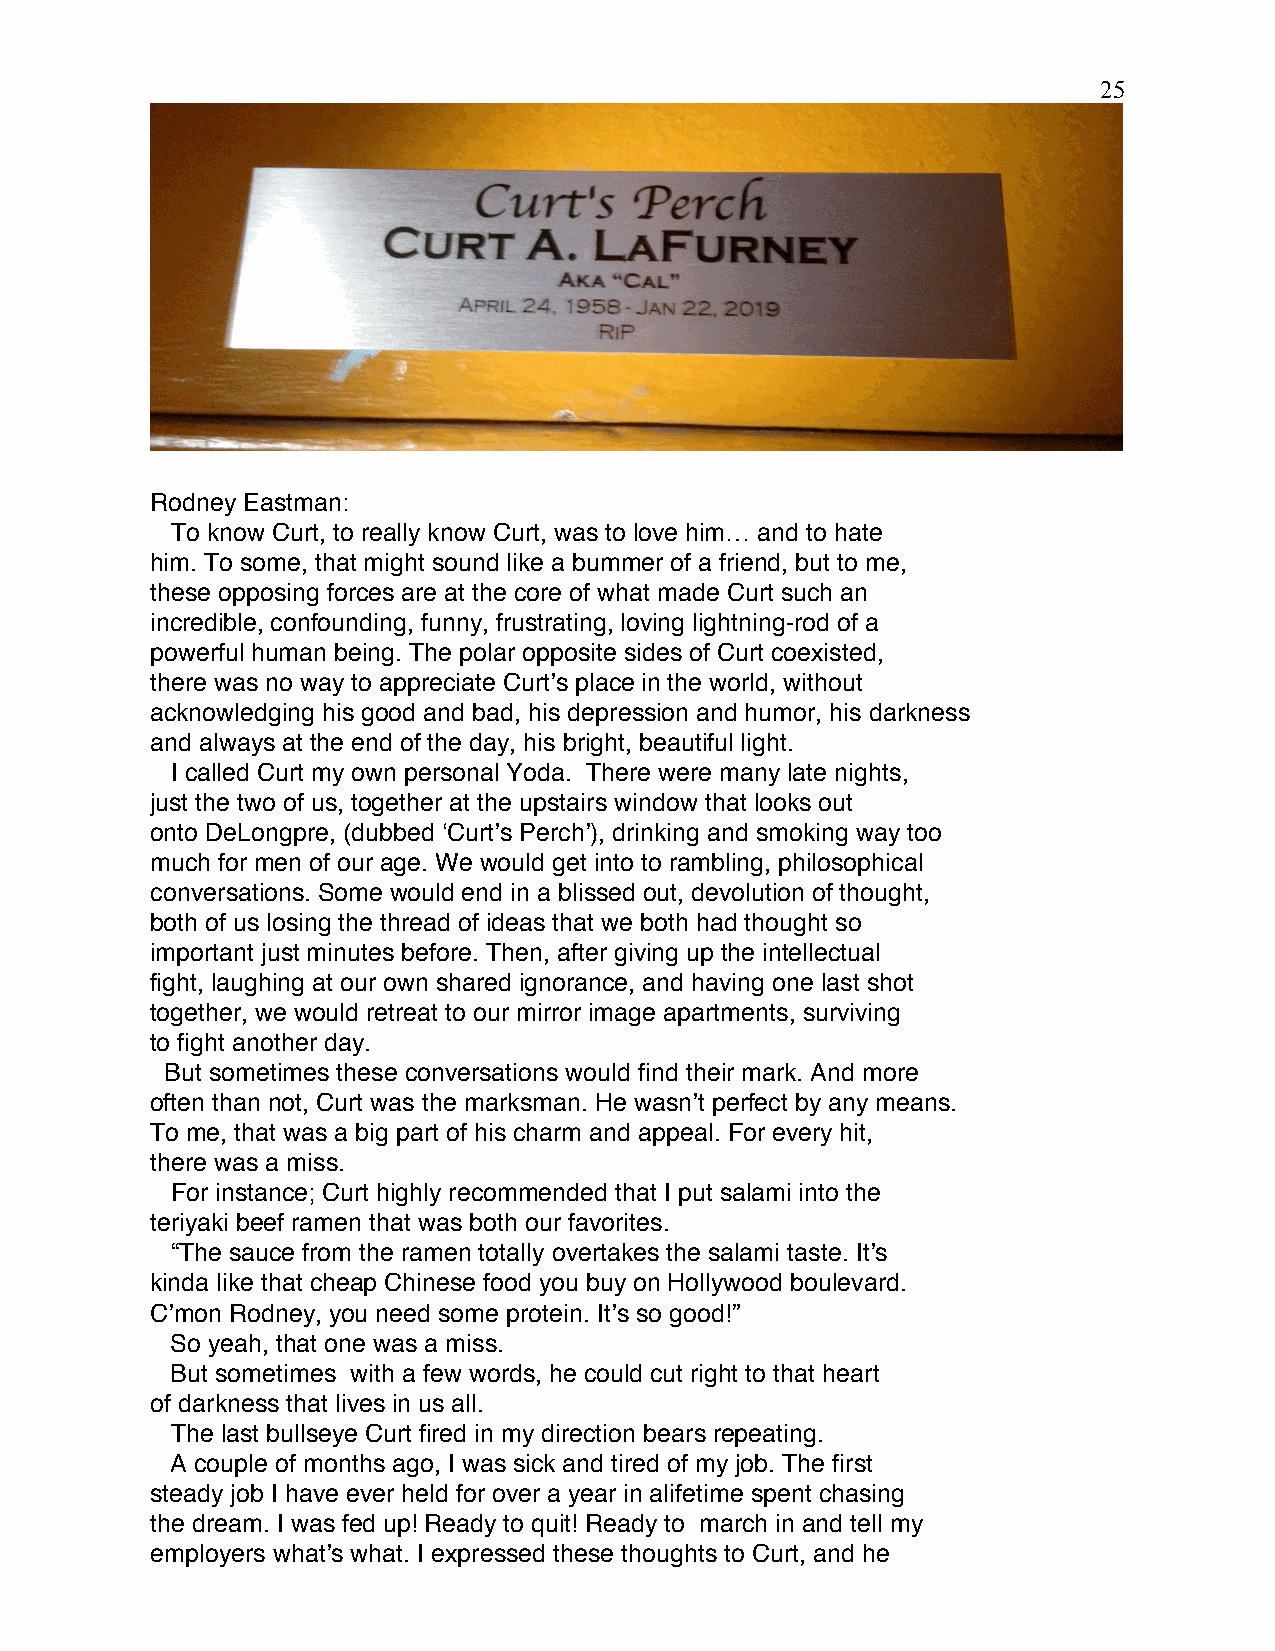
25
 Rodney Eastman:
 To know Curt, to really know Curt, was to love him… and to hate
 him. To some, that might sound like a bummer of a friend, but to me,
 these opposing forces are at the core of what made Curt such an
 incredible, confounding, funny, frustrating, loving lightning-rod of a
 powerful human being. The polar opposite sides of Curt coexisted,
 there was no way to appreciate Curtʼs place in the world, without
 acknowledging his good and bad, his depression and humor, his darkness
 and always at the end of the day, his bright, beautiful light.
 I called Curt my own personal Yoda. There were many late nights,
 just the two of us, together at the upstairs window that looks out
 onto DeLongpre, (dubbed ʻCurtʼs Perchʼ), drinking and smoking way too
 much for men of our age. We would get into to rambling, philosophical
 conversations. Some would end in a blissed out, devolution of thought,
 both of us losing the thread of ideas that we both had thought so
 important just minutes before. Then, after giving up the intellectual
 fight, laughing at our own shared ignorance, and having one last shot
 together, we would retreat to our mirror image apartments, surviving
 to fight another day.
 But sometimes these conversations would find their mark. And more
 often than not, Curt was the marksman. He wasnʼt perfect by any means.
 To me, that was a big part of his charm and appeal. For every hit,
 there was a miss.
 For instance; Curt highly recommended that I put salami into the
 teriyaki beef ramen that was both our favorites.
 “The sauce from the ramen totally overtakes the salami taste. Itʼs
 kinda like that cheap Chinese food you buy on Hollywood boulevard.
 Cʼmon Rodney, you need some protein. Itʼs so good!”
 So yeah, that one was a miss.
 But sometimes with a few words, he could cut right to that heart
 of darkness that lives in us all.
 The last bullseye Curt fired in my direction bears repeating.
 A couple of months ago, I was sick and tired of my job. The first
 steady job I have ever held for over a year in alifetime spent chasing
 the dream. I was fed up! Ready to quit! Ready to march in and tell my
 employers whatʼs what. I expressed these thoughts to Curt, and he